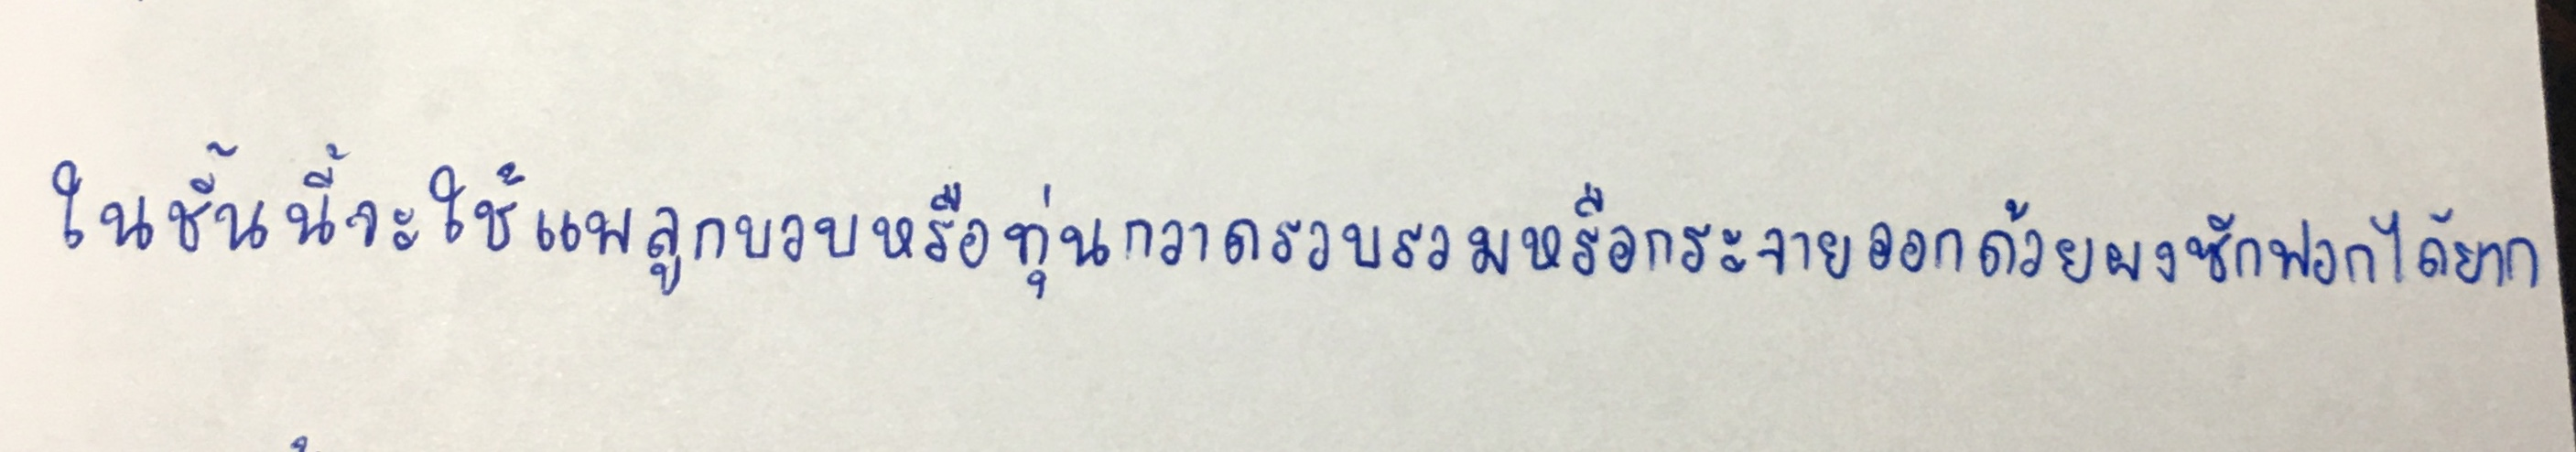
ในชั้นนี้จะใช้แพลูกบวบหรือทุ่นกวาดรวบรวมหรือกระจายออกด้วยผงซักฟอกได้ยาก